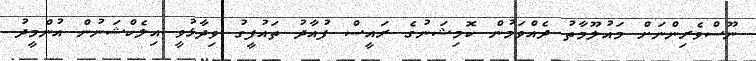
ނޫސްވެރިންނަށް މައުލޫމާތު ދެއްވަމުން ކޮމިޝަނުގެ ރައީސް ފުއާދު ތައުފީގު ވިދާޅުވީ އިލެކްޝަނުން އުންމީދު